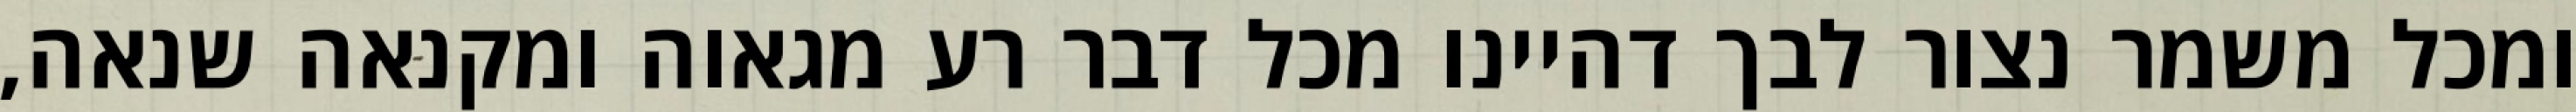
ומכל משמר נצור לבך דהיינו מכל דבר רע מגאוה ומקנאה שנאה,